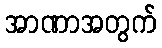
အာဏာအတွက်